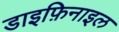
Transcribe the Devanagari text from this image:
डाइफ़िनाइल